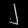
Digit: ၂